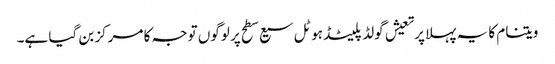
ویتنام کا یہ پہلا پرتعیش گولڈ پلیٹڈ ہوٹل سیع سطح پر لوگوں توجہ کا مرکز بن گیا ہے۔